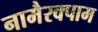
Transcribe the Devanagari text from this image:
नामैरक्पाम